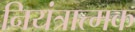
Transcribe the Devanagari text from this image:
नियंत्रात्मक